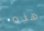
هذه